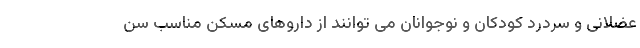
عضلانی و سردرد کودکان و نوجوانان می توانند از داروهای مسکن مناسب سن